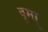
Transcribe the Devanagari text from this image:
बूम्स्